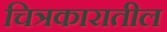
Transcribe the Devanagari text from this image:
चित्रकारातील